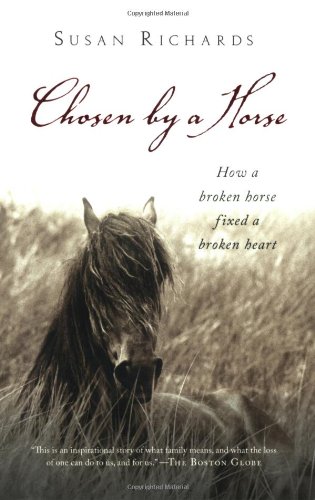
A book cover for Chosen by a Horse; Susan Richards; Biographies & Memoirs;